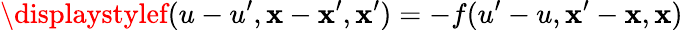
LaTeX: \displaystylef(u-u^{\prime},\mathbf{x}-\mathbf{x}^{\prime},\mathbf{x}^{\prime})=-f(u^{\prime}-u,\mathbf{x}^{\prime}-\mathbf{x},\mathbf{x})